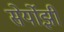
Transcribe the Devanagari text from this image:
सेर्योझी